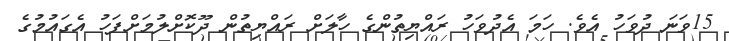
15ވަނަ ދުވަހު އެވެ. ހަމަ އެދުވަހު ރައްޔިތުންގެ ހާލަށް ރައްޔިތުން ދޫކޮށްލުމަށްފަހު އެގައުމުގެ